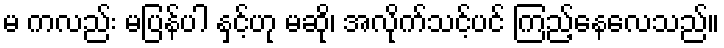
မ ကလည်း မပြန်ပါ နှင့်ဟု မဆို၊ အလိုက်သင့်ပင် ကြည့်နေလေသည်။